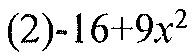
(2)-16+9x^{2}